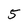
Character: 5